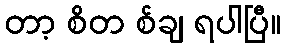
တာ့ စိတ စ်ချ ရပါပြီ။